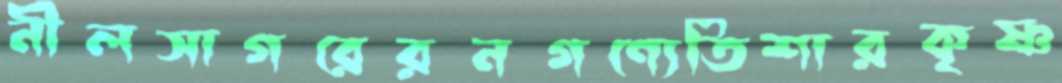
নীলসাগরেরনগণ্যেতিশারকৃষ্ণ